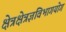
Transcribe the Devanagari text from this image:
क्षेत्रक्षेत्रज्ञविभागयोग